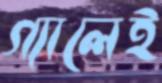
গ্যালেই